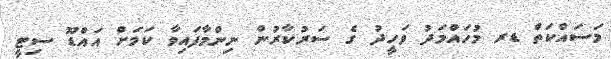
މަސައްކަތް ޑރ މުހައްމަދު ވަހީދު ގެ ސަރުކާރުން ނިންމާފައިވާ ކަމަށް އައްޑޫ ސިޓީ